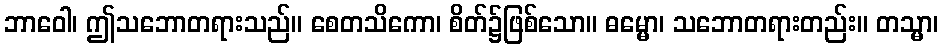
ဘာဝေါ၊ ဤသဘောတရားသည်။ စေတသိကော၊ စိတ်၌ဖြစ်သော။ ဓမ္မော၊ သဘောတရားတည်း။ တသ္မာ၊